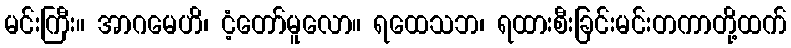
မင်းကြီး။ အာဂမေဟိ၊ ငံ့တော်မူလော။ ရထေသဘ၊ ရထားစီးခြင်းမင်းတကာတို့ထက်